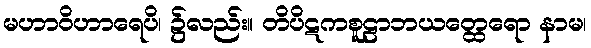
မဟာဝိဟာရေပိ၊ ၌လည်း။ တိပိဋကစူဠာဘယတ္ထေရော နာမ၊